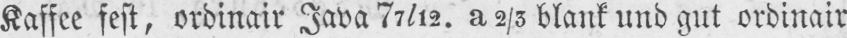
Kaffee fest, ordinair Java 72/12. a 2/3 blank und gut ordinair